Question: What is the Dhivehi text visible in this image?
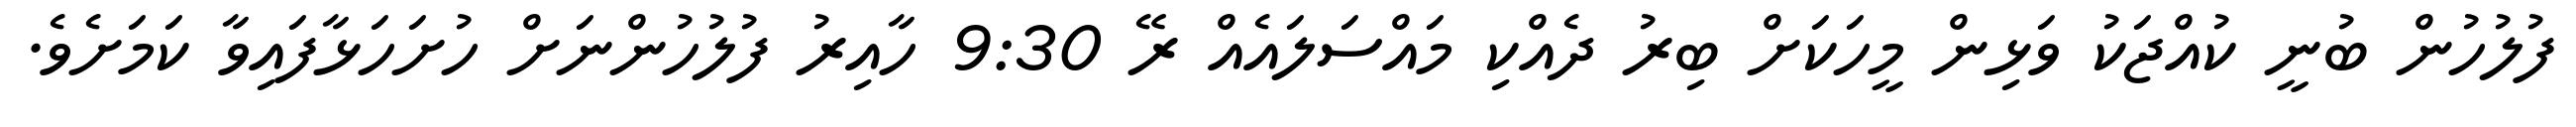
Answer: ފުލުހުން ބުނީ ކުއްޖަކު ވަޅިން މީހަކަށް ބިރު ދެއްކި މައްސަލައެއް ރޭ 9:30 ހާއިރު ފުލުހުންނަށް ހުށަހަޅާފައިވާ ކަމަށެވެ.